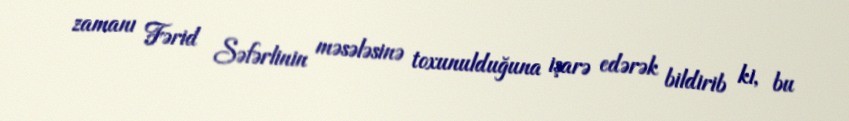
zamanı Fərid Səfərlinin məsələsinə toxunulduğuna işarə edərək bildirib ki, bu